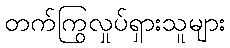
တက်ကြွလှုပ်ရှားသူများ